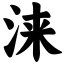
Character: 涞